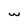
Character: w